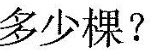
多少棵?